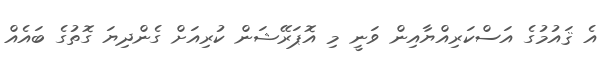
އެ ޤައުމުގެ އަސްކަރިއްޔާއިން ވަނީ މި އޮޕަރޭޝަން ކުރިއަށް ގެންދިޔަ ގޮތުގެ ބައެއް